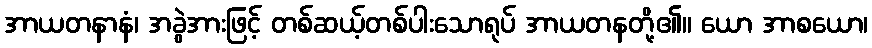
အာယတနာနံ၊ အခွဲအားဖြင့် တစ်ဆယ့်တစ်ပါးသောရုပ် အာယတနတို့၏။ ယော အာစယော၊